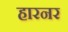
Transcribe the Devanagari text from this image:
हारनर